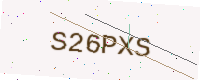
Text: S26PXS